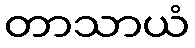
တာသာယံ